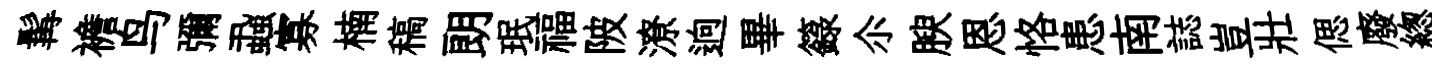
髯襜鸟彌蝨寡楠稿朗珉福陂潦逈畢籙尒腴恩恪患南誌豈壯偲廢緫